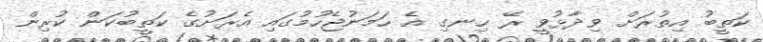
ކަތީބު އިތުރަށް ވިދާޅުވީ ރޭ ހިނގި އެ ހަމަނުޖެހުމުގައި އެރަށުގެ ކަތީބުކަން ކުރިން